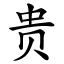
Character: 贵